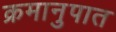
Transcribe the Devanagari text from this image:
क्रमानुपात